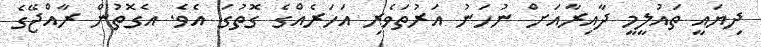
ދިޔައީ ތައުލީމީ ދާއިރާއަށް ނުހަނު އަރުތަވެރި އަހަރެއްގެ ގޮތުގަ އެވެ. އެގޮތުން ރާއްޖޭގެ